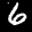
Label: 6